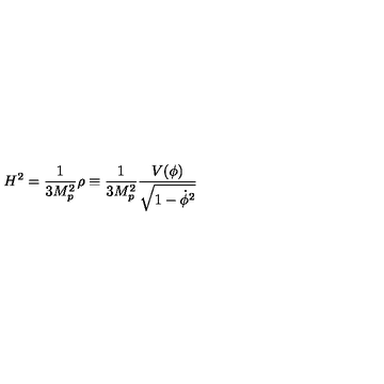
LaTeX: H ^ { 2 } = { \frac { 1 } { 3 M _ { p } ^ { 2 } } } \rho \equiv { \frac { 1 } { 3 M _ { p } ^ { 2 } } } { \frac { V ( \phi ) } { \sqrt { 1 - \dot { \phi } ^ { 2 } } } }